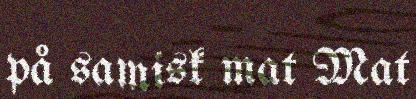
på samisk mat Mat